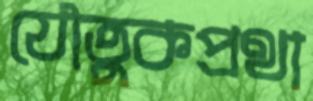
যৌতুকপ্রথা